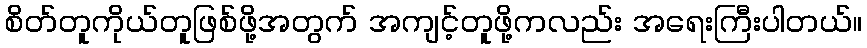
စိတ်တူကိုယ်တူဖြစ်ဖို့အတွက် အကျင့်တူဖို့ကလည်း အရေးကြီးပါတယ်။